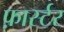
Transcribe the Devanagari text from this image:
फ़ार्स्टर